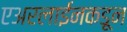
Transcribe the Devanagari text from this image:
एअरलाईनकडून